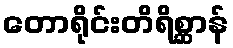
တောရိုင်းတိရိစ္ဆာန်